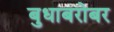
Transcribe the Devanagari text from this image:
बुधाबरोबर